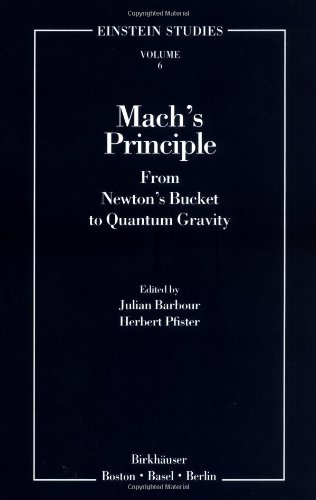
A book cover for Mach's Principle: From Newton's Bucket to Quantum Gravity (Einstein Studies); Science & Math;